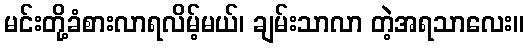
မင်းတို့ခံစားလာရလိမ့်မယ်၊ ချမ်းသာလာ တဲ့အရသာလေး။